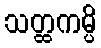
သတ္ထကမ္ပိ